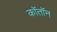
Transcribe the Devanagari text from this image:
कॉतॉन